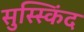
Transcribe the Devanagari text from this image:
सुस्स्किंद